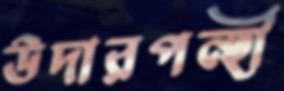
উদারপন্হী